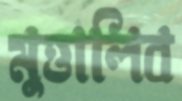
মুত্তালিব